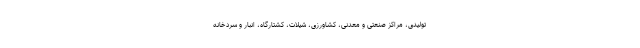
تولیدی، مراکز صنعتی و معدنی، کشاورزی، شیلات، کشتارگاه، انبار و سردخانه